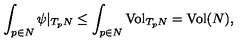
\int _ { p \in N } \psi | _ { T _ { p } N } \leq \int _ { p \in N } \mathrm { V o l } _ { T _ { p } N } = \mathrm { V o l } ( N ) ,